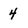
Character: 4